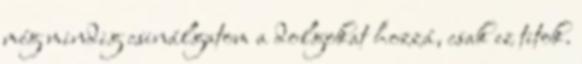
még mindig csinálgatom a dolgokat hozzá, csak ez titok.